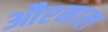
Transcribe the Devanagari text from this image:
औरमाल